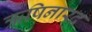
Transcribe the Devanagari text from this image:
ऋषिनारद